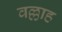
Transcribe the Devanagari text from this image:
वल्लाह